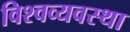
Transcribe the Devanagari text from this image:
विश्वव्यवस्था